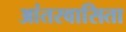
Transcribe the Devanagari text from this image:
आंतरवासिता